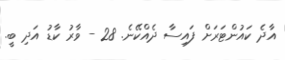
އާދެ ކައުންޓަރަށް ފައިސާ ދެއްކޭނެ. 28 - ވާރު ކާޑު އަދި ބީ.